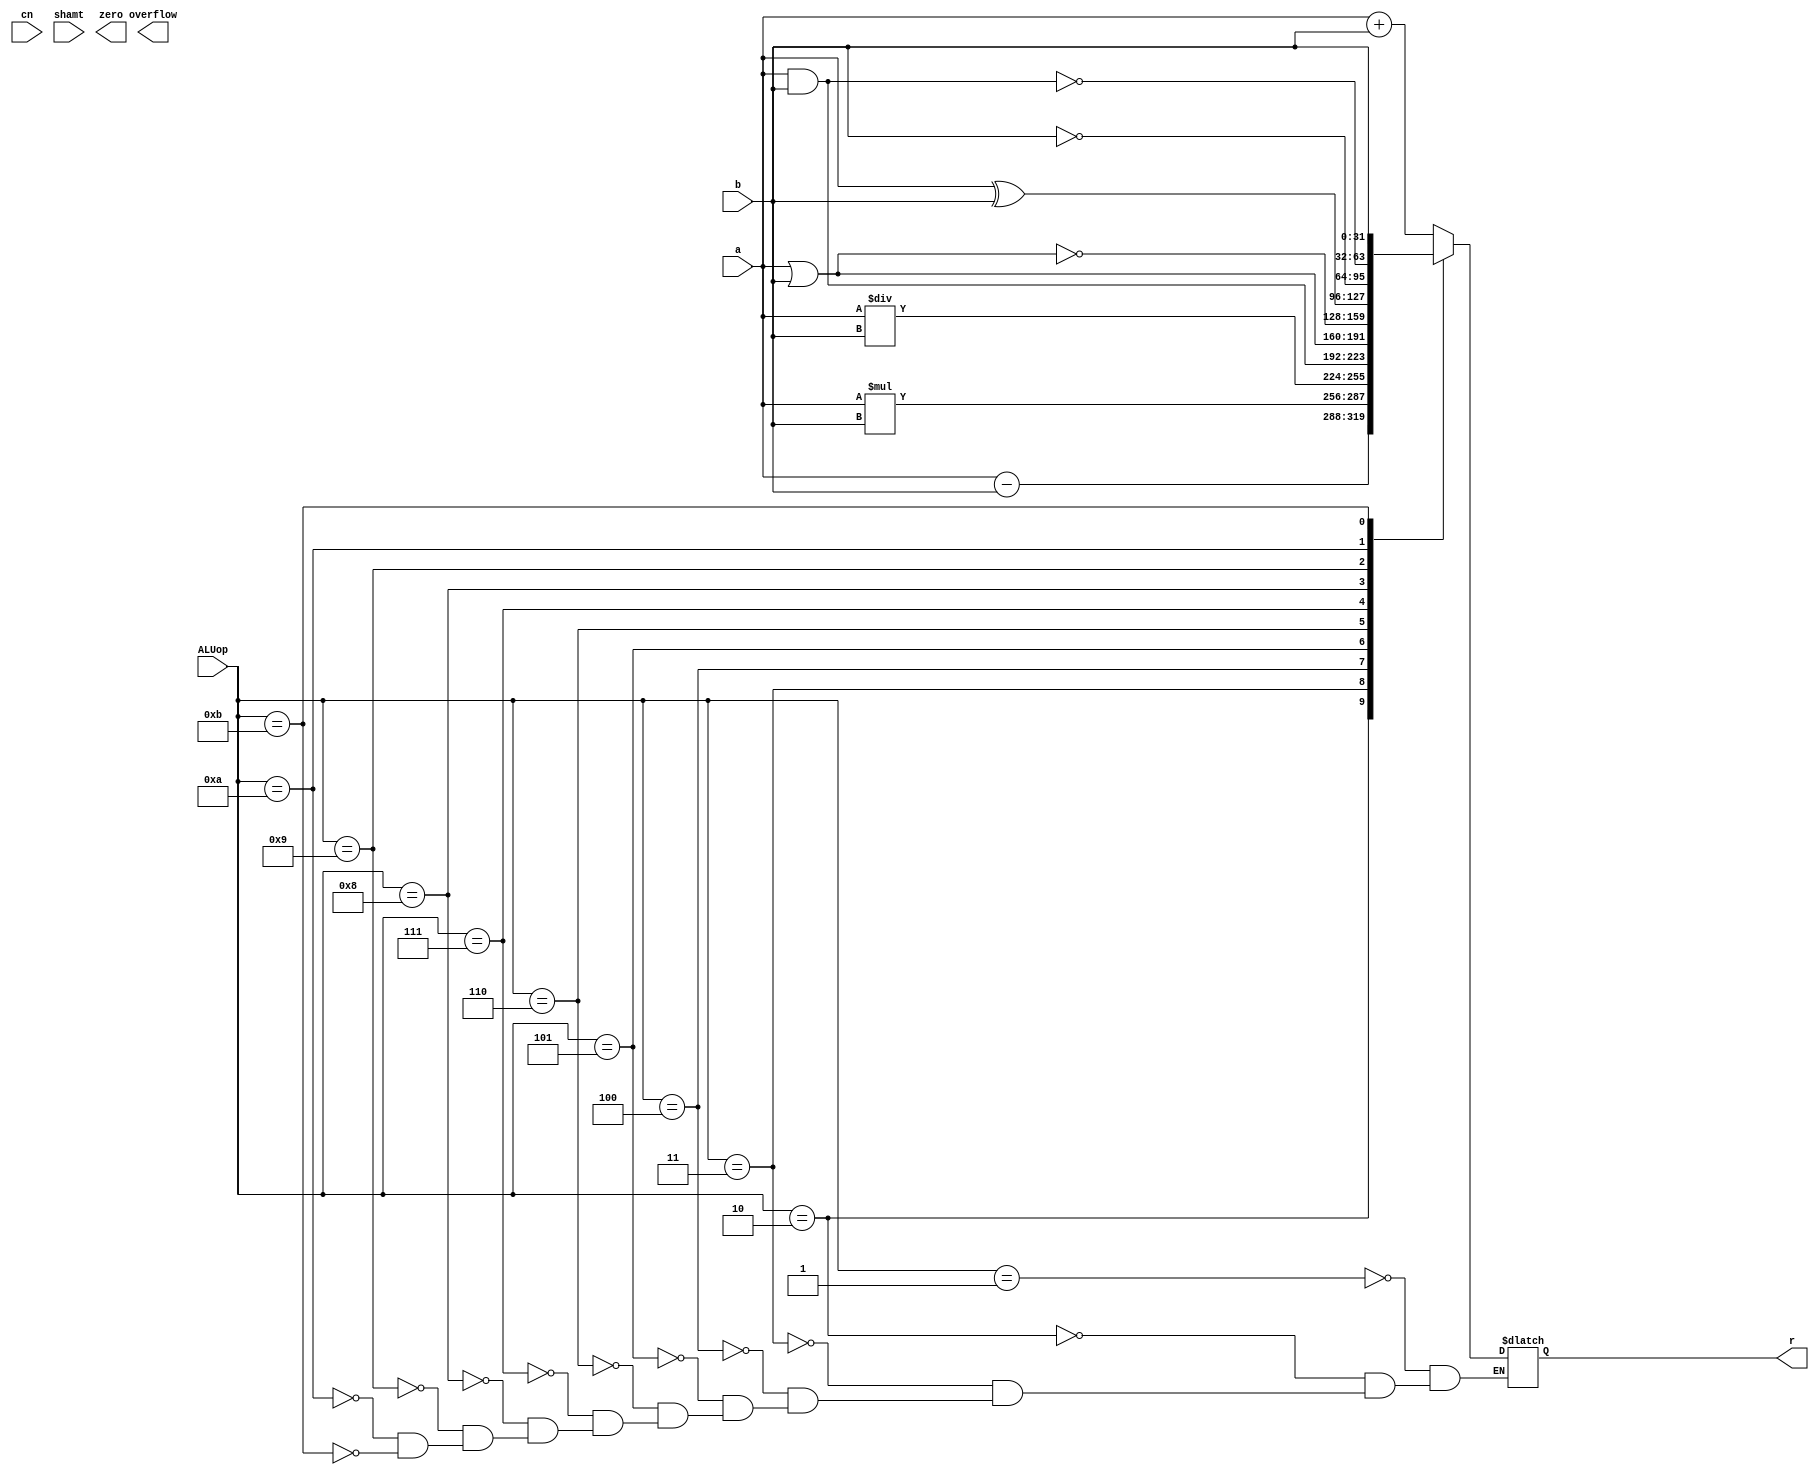
module alu(input [31:0] a, input [31:0] b, input [3:0] ALUop, input  cn, input [3:0] shamt, output reg zero,
				output reg overflow, output reg [31:0] r);
				
wire [31:0]a,b;
wire [3:0] ALUop,shamt;


always @(ALUop or a or b)
begin
	case ( ALUop ) 
		4'b0001: r=a+b; // add
		4'b0010: r=a-b; // sub
		4'b0011: r=a*b; // mult
		4'b0100: r=a/b; // div
		4'b0101: r=a&b; // and 
		4'b0110: r=a|b; // or 
		4'b0111: r=~(a|b); // nor 
		4'b1000: r=a^b; // xor 
		4'b1001: r=~b; // not 
		4'b1010: r=~(a&b); // nand
		4'b1011: r=b; // jr 

   endcase
end
endmodule